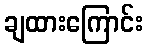
ချထားကြောင်း